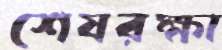
শেষরক্ষা